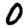
Digit: 0